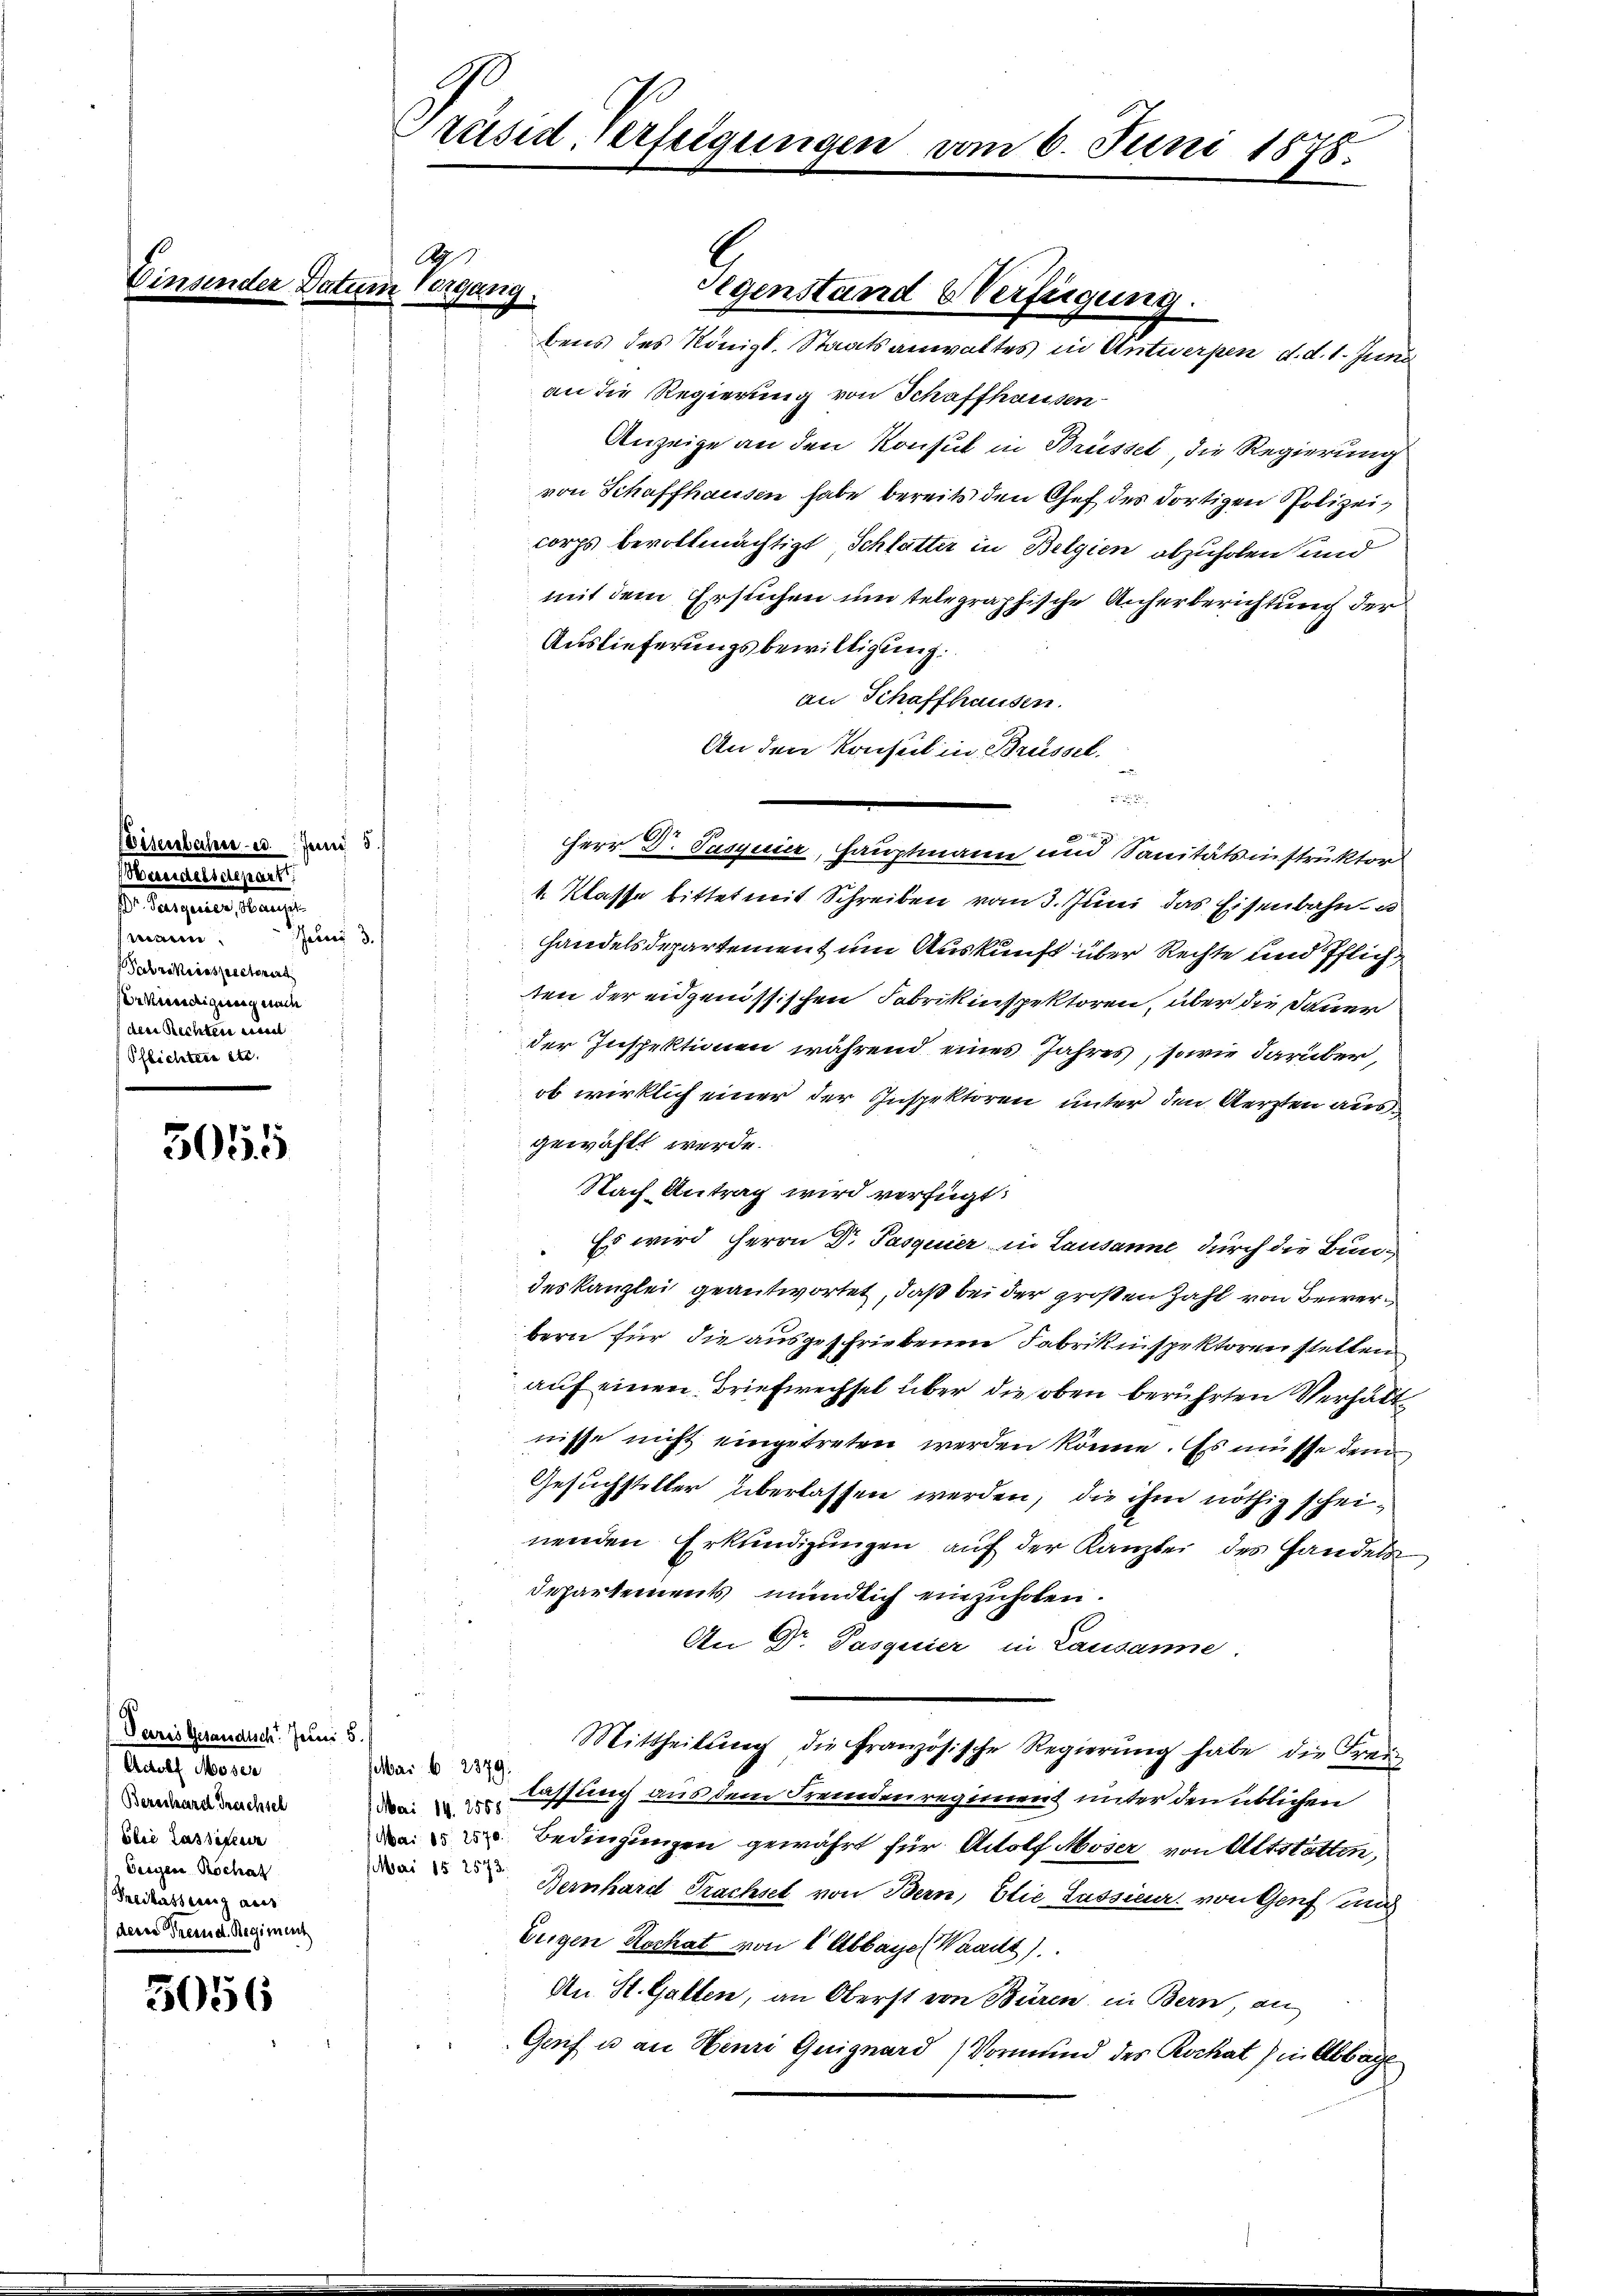
Kem¬

Wisenbahn u. Juni 5.
Handeltenparti
s. Aargauer ange
wann.
Jelen 3.
Fabrikinspectorent
Verkündigung nach
den Rechten eine
Pflichten etc.

5055

3056

Vares Gesandtsch. Jacus 5.
Aarauf Ferier
Bezechard Treichsel
blie Lassetzun
Teiger Rochat
Freilassung aus
der Fremd. Regiment

Präsid, Verfügungen vom 6. Juni 1878.

an die Regierung von Schaffhausen
Anzeige an den Konsul in Brüssel, die Regierung
von Schaffhausen habe bereits den Chef des dortigen Polizeicorps bevollmächtigt, Schlatter in Belgien abzuholen und
mit dem Ersuchen um telegraphische Anherberichtung der
Auslieferungsbewilligung.
an Schaffhausen.
An den Konsul in Brüssel.

Herr D. Tusquir, Hauptmann und Sanitätsinstruktor
4. Klasse bittet mit Schreiben vom 3. Juni das Eisenbahn u
Handelsdepartement um Auskunft über Rechte und Pflich
ten der eidgenössischen Fabrikinspektoren, über die Dauer
der Inspektionen während eines Jahres, sowie darüber,
ob wirklich einer der Inspektoren unter den Aerzten ausgewählt werde.
Nach Antrag wird verfügt:
Es wird Herrn Dr Pasquier in Lausanne durch die Bundes Kanzlei geantwortet, daß bei der großen Zahl von Bewerbern für die ausgeschriebenen Fabrikinspektoren stellen
auf einen Briefwechsel über die oben berührten Verhält
nisse nicht eingetreten werden könne. Es müsse dem
Gesuchsteller überlassen werden, die ihm nöthig scheinenden Erkundigungen auf der Kanzlei des Handels
Departements mündlich einzuholen.
An Dr. Pasquier in Lausanne.
Mittheilŭng die französische Regierŭng habe die Frau
sai 6 2379.
Dem Fasslich aus dem Fremdenregiment unter den üblichen
2. Bedingungen gewährt für Adolf Moser von Altstätten,
ari 15. 2573.
Bernhard Trachsel von Bern, Etie Lassieur von Genf und
Eugen Kochat von 1 Abbaye (Waadt)
An St. Gatten, an Oberst von Büren, in Bern, an
Gruf u. an Henri Guignard Vormund des Rockat) in Abbage

2
Datum Vorgang.

Segenstand & Verfügung.
bens des Königl. Staatsanwaltes in Antwerpen d. d. 1. Juni